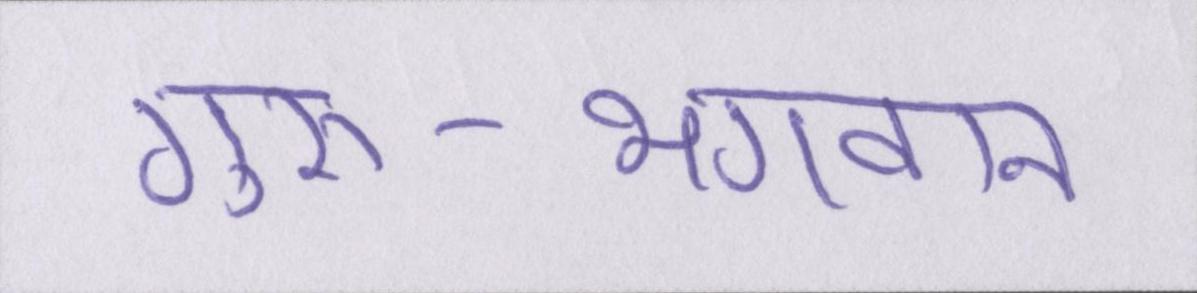
गुरु-भगवान